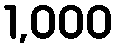
1,000